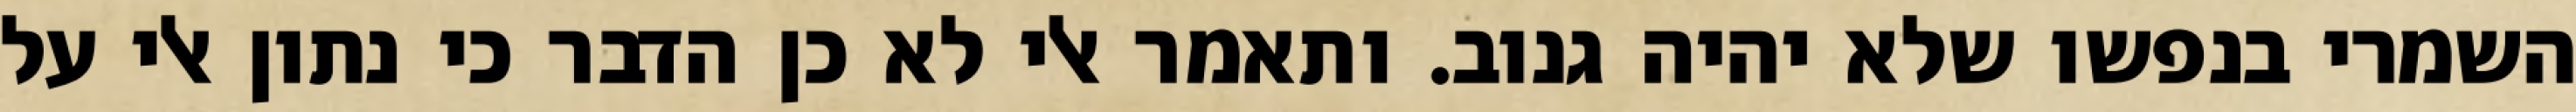
השמרי בנפשו שלא יהיה גנוב. ותאמר אלי לא כן הדבר כי נתון אלי על